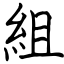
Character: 組